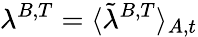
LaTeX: \lambda^{B,T}=\langle\tilde{\lambda}^{B,T}\rangle_{A,t}